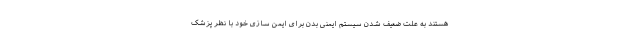
هستند به علت ضعیف شدن سیستم ایمنی بدن برای ایمن سازی خود با نظر پزشک